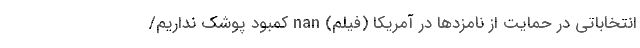
انتخاباتی در حمایت از نامزدها در آمریکا (فیلم) nan کمبود پوشک نداریم/